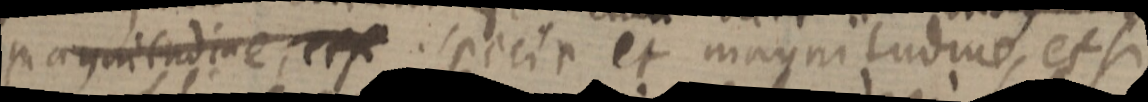
magnitudine, et si specie et magnitudine, et si